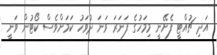
އަދި ޗުއްޓީ ފެށޭނީ މިމަހުގެ ފަނަރަ ވަނަ ދުވަހު ކަމަށްވެސް ކޯޓުން ވަނީ